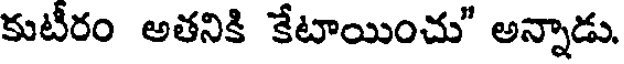
కుటీరం అతనికి కేటాయించు" అన్నాడు.